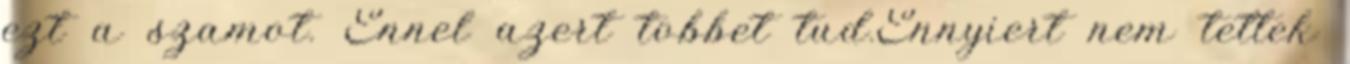
ezt a szamot. Ennel azert tobbet tud.Ennyiert nem tettek